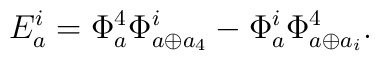
E_a^i = \Phi^4_a\Phi^i_{a \oplus a_4}-\Phi^i_a\Phi^4_{a \oplus a_i}.